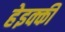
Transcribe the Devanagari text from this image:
हेइक्की